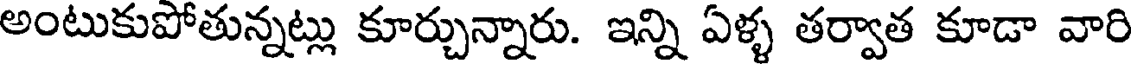
అంటుకుపోతున్నట్లు కూర్చున్నారు. ఇన్ని ఏళ్ళ తర్వాత కూడా వారి